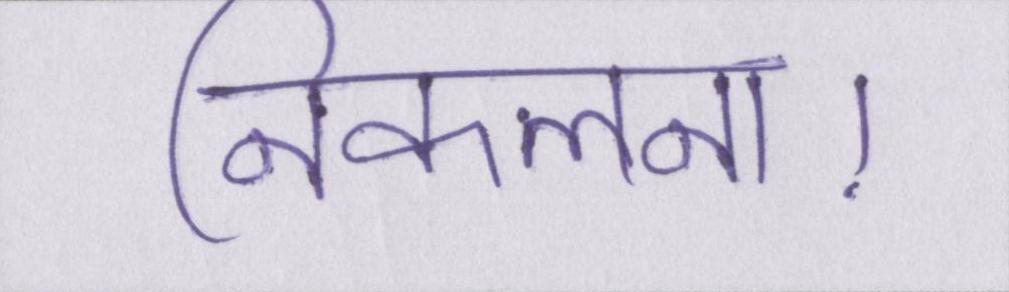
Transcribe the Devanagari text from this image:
निकलना।